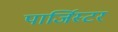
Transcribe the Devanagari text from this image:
पार्जिस्टर